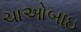
ચાઓબાઇ